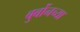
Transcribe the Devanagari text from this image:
बुर्बोनच्या